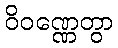
ဝိဝဏ္ဏေတွာ